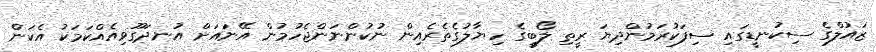
ޒައުލްގެ ސިކުނޑީގައި ސިފަކުރަމުންދިޔަ ރީތި ލޯބީގެ ހިޔާލުގެތެރެއިން ނުކުންނަންޖެހުމުން އޭނައަށް އުނދަގޫވިއެއްކަމަކު އެކަން